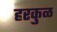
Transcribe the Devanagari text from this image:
हरकुळ